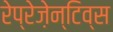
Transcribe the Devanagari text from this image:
रेप्रेज़ेन्टिव्स